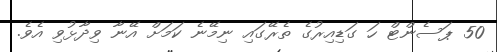
50 ޕަސެންޓް ހަ ގަޑިއިރުގެ ތެރޭގައި ނިމޭނެ ކަމަށް އޭނާ ވިދާޅުވި އެވެ.